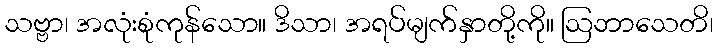
သဗ္ဗာ၊ အလုံးစုံကုန်သော။ ဒိသာ၊ အရပ်မျက်နှာတို့ကို။ ဩဘာသေတိ၊